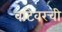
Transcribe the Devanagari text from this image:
वाटेवरची